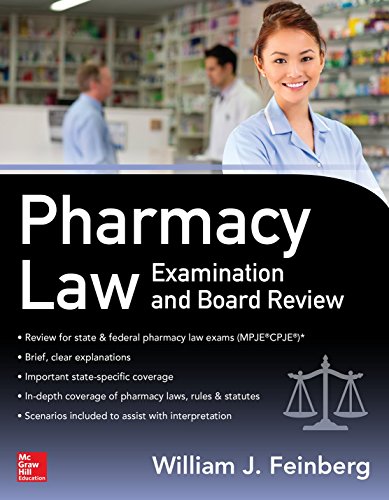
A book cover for Pharmacy Law Examination and Board Review; William Feinberg; Law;